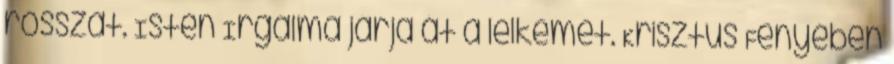
rosszat. Isten Irgalma járja át a lelkemet. Krisztus Fényében